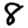
Digit: 8